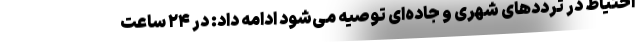
احتیاط در ترددهای شهری و جاده‌ای توصیه می‌شود ادامه داد: در ۲۴ ساعت